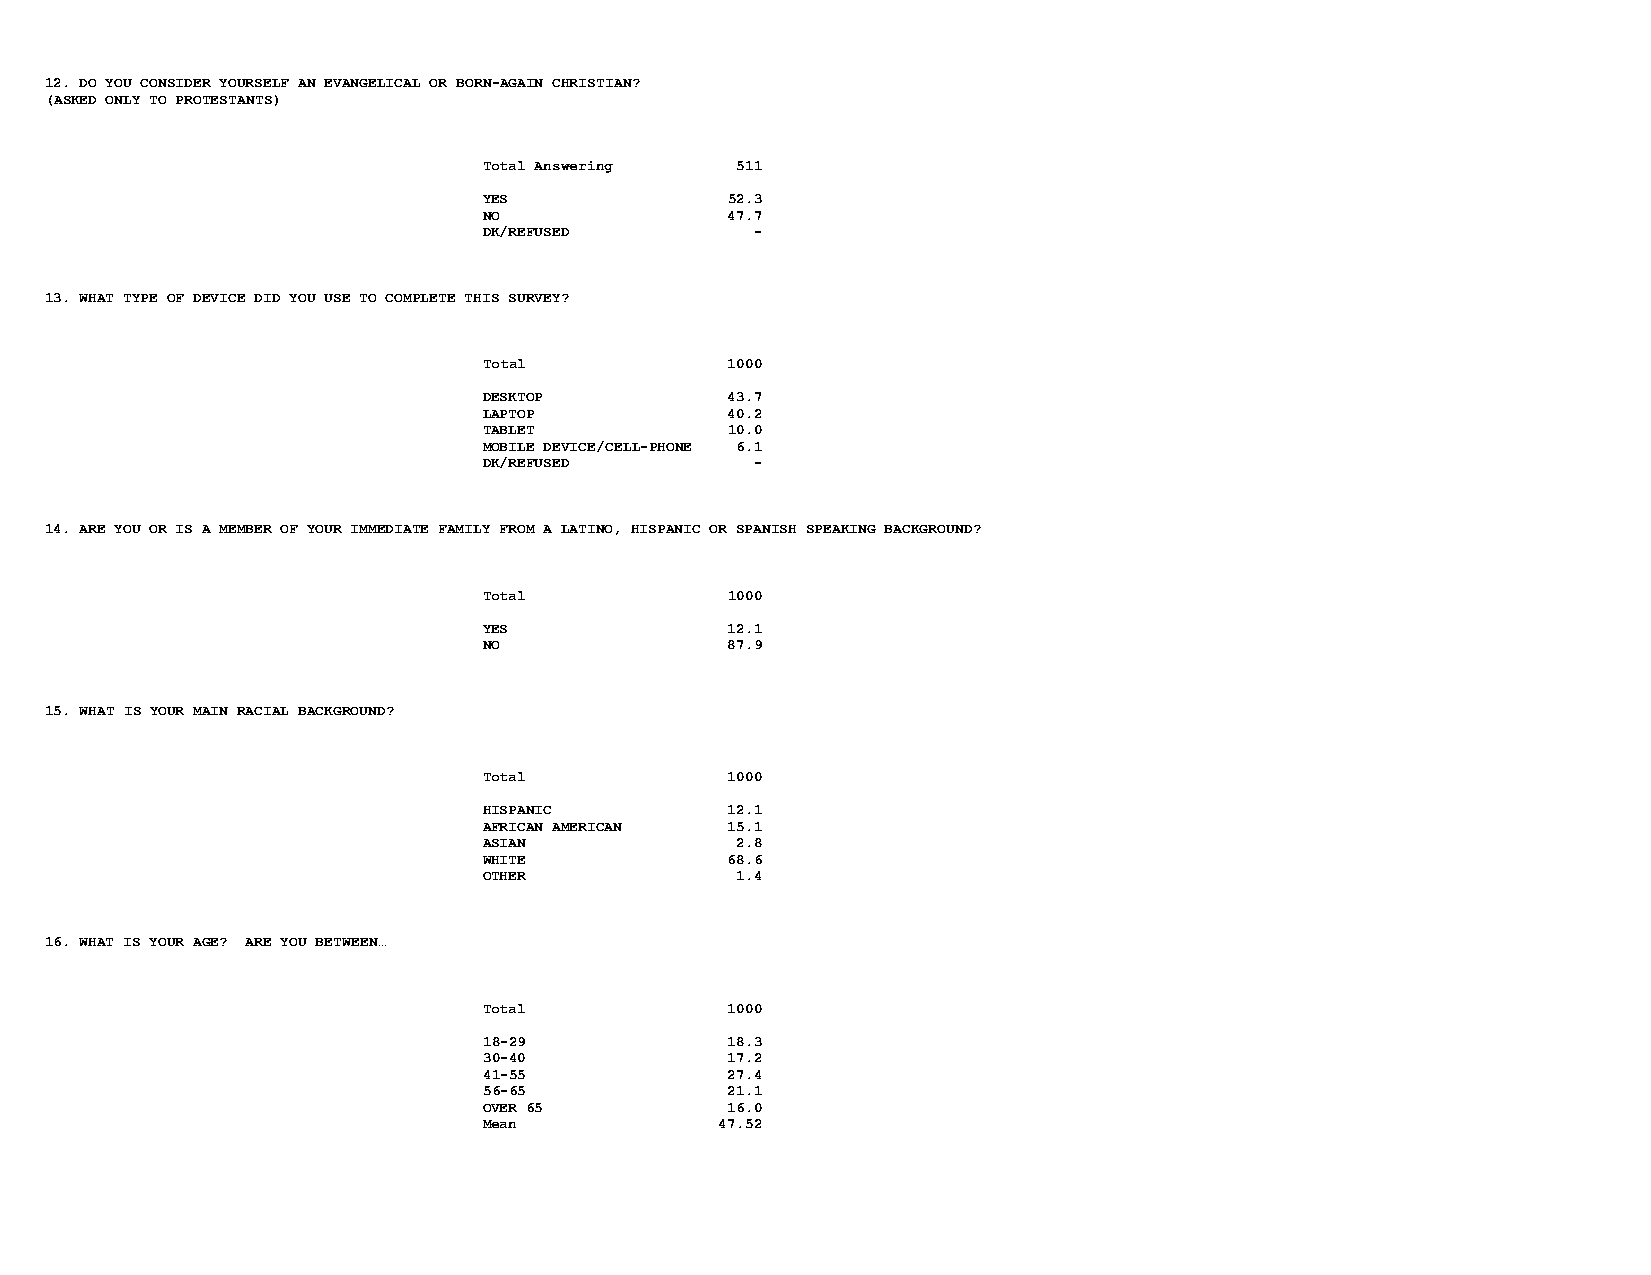
12. DO YOU CONSIDER YOURSELF AN EVANGELICAL OR BORN-AGAIN CHRISTIAN?
 (ASKED ONLY TO PROTESTANTS)
 Total Answering  511
 YES             52.3
 NO              47.7
 DK/REFUSED        -
 13. WHAT TYPE OF DEVICE DID YOU USE TO COMPLETE THIS SURVEY?
 Total           1000
 DESKTOP         43.7
 LAPTOP          40.2
 TABLET          10.0
 MOBILE DEVICE/CELL-PHONE 6.1
 DK/REFUSED        -
 14. ARE YOU OR IS A MEMBER OF YOUR IMMEDIATE FAMILY FROM A LATINO, HISPANIC OR SPANISH SPEAKING BACKGROUND?
 Total           1000
 YES             12.1
 NO              87.9
 15. WHAT IS YOUR MAIN RACIAL BACKGROUND?
 Total           1000
 HISPANIC        12.1
 AFRICAN AMERICAN 15.1
 ASIAN            2.8
 WHITE           68.6
 OTHER            1.4
 16. WHAT IS YOUR AGE? ARE YOU BETWEEN…
 Total           1000
 18-29           18.3
 30-40           17.2
 41-55           27.4
 56-65           21.1
 OVER 65         16.0
 Mean            47.52